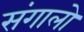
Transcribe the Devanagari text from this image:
संगालो